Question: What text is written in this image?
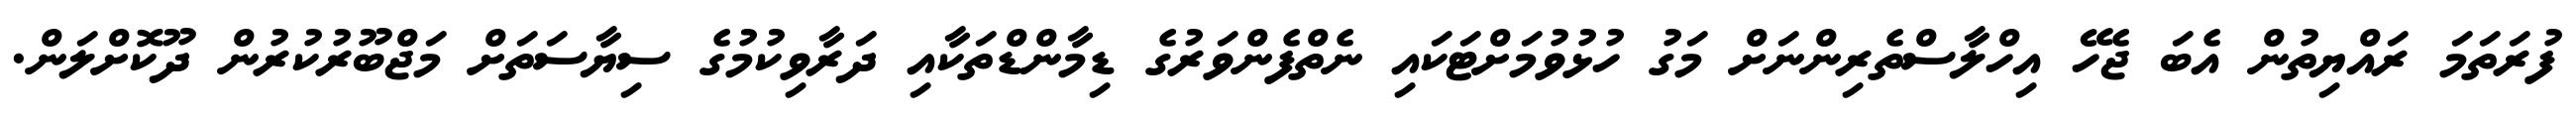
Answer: ފުރަތަމަ ރައްޔިތުން އެބަ ޖެހޭ އިހްލާސްތެރިންނަށް މަގު ހުޅުވުމަށްޓަކައި ނެތްފެންވަރުގެ ޑިމާންޑްތަކާއި ދަރާވިކުމުގެ ސިޔާސަތަށް މަޖްބޫރުކުރުން ދޫކޮށްލަން.